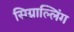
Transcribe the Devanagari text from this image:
सिग्नाल्लिंग